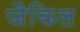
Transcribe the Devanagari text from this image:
जैकिल